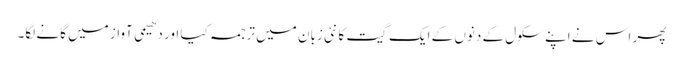
پھر اس نے اپنے سکول کے دنوں کے ایک گیت کا نئی زبان میں ترجمہ کیا اور دھیمی آواز میں گانے لگا۔